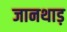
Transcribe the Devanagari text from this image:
जानथाड़